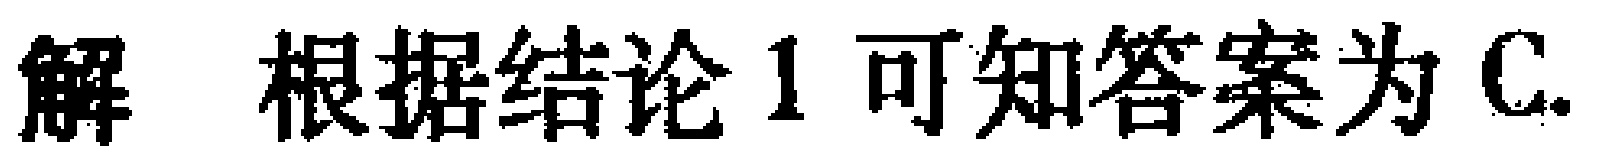
解 根据结论 1 可知答案为 C.